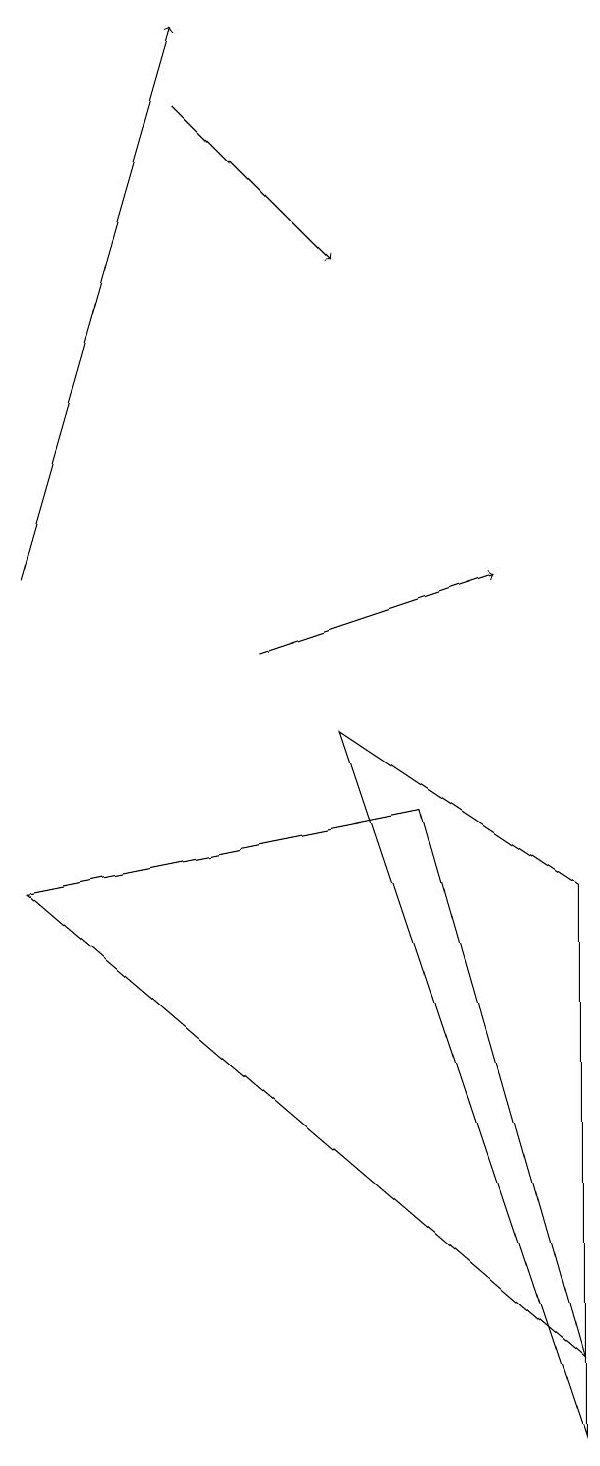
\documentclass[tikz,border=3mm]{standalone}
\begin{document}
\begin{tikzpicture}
\draw[->] (3,17) -- (5,15);
\draw (8,1) -- (1,7) -- (6,8) -- cycle;
\draw[->] (4,10) -- (7,11);
\draw[->] (1,11) -- (3,18);
\draw (5,9) -- (8,0) -- (8,7) -- cycle;
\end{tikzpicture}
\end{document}